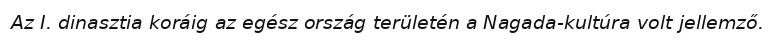
Az I. dinasztia koráig az egész ország területén a Nagada-kultúra volt jellemző.